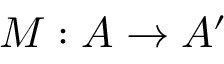
M : A \rightarrow A ^ { \prime }